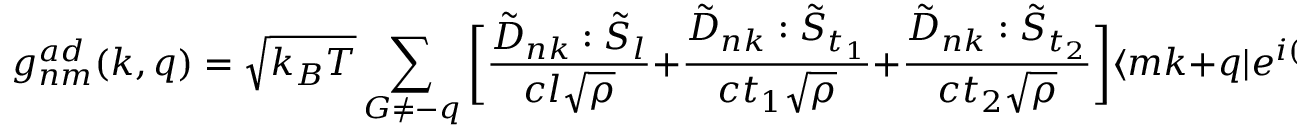
g _ { n m } ^ { a d } ( k , q ) = \sqrt { k _ { B } T } \sum _ { G \neq - q } ^ { } \bigg [ \frac { \tilde { D } _ { n k } : \tilde { S } _ { l } } { c l \sqrt { \rho } } + \frac { \tilde { D } _ { n k } : \tilde { S } _ { t _ { 1 } } } { c t _ { 1 } \sqrt { \rho } } + \frac { \tilde { D } _ { n k } : \tilde { S } _ { t _ { 2 } } } { c t _ { 2 } \sqrt { \rho } } \bigg ] \langle m k + q | e ^ { i ( q + G ) . r } | n k \rangle